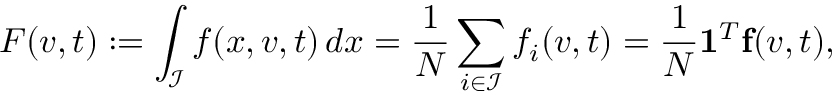
F ( v , t ) : = \int _ { \mathcal { I } } f ( x , v , t ) \, d x = \frac { 1 } { N } \sum _ { i \in \mathcal { I } } f _ { i } ( v , t ) = \frac { 1 } { N } \mathbf { 1 } ^ { T } \mathbf { f } ( v , t ) ,